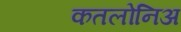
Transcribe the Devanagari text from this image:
कतलोनिअ